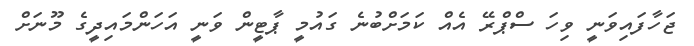
ޖަހާފައިވަނީ ވިހަ ސްޕްރޭ އެއް ކަމަށްބުނެ ގައުމީ ޕާޓީން ވަނީ އަހަންމައިދީގެ މޫނަށް